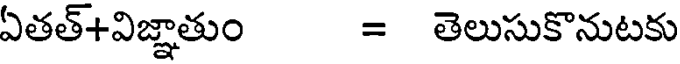
ఏతత్+విజ్ఞాతుం = తెలుసుకొనుటకు